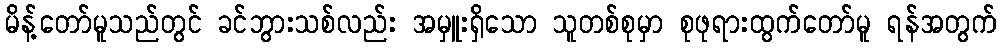
မိန့်တော်မူသည်တွင် ခင်ဘွားသစ်လည်း အမှူးရှိသော သူတစ်စုမှာ စုဖုရားထွက်တော်မူ ရန်အတွက်